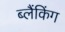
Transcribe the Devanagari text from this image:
ब्लैंकिंग